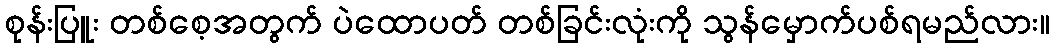
စုန်းပြူး တစ်စေ့အတွက် ပဲထောပတ် တစ်ခြင်းလုံးကို သွန်မှောက်ပစ်ရမည်လား။